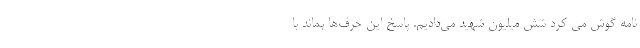
نامه گوش می کرد شش میلیون شهید می‌دادیم. پاسخ این حرف‌ها بماند با